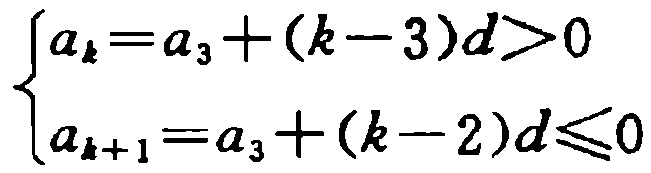
\[\begin{cases}

a_{k}=a_{3}+(k - 3)d>0\\

a_{k + 1}=a_{3}+(k - 2)d\leqslant0

\end{cases}\]